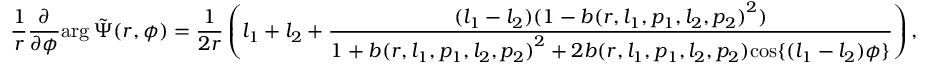
\frac { 1 } { r } \frac { \partial } { \partial { \phi } } { \arg { \Tilde { \Psi } ( r , \phi ) } } = \frac { 1 } { 2 r } \left( l _ { 1 } + l _ { 2 } + \frac { ( l _ { 1 } - l _ { 2 } ) ( 1 - { b ( r , l _ { 1 } , p _ { 1 } , l _ { 2 } , p _ { 2 } ) } ^ { 2 } ) } { 1 + { b ( r , l _ { 1 } , p _ { 1 } , l _ { 2 } , p _ { 2 } ) } ^ { 2 } + 2 { b ( r , l _ { 1 } , p _ { 1 } , l _ { 2 } , p _ { 2 } ) } { \cos \{ ( l _ { 1 } - l _ { 2 } ) \phi \} } } \right) ,